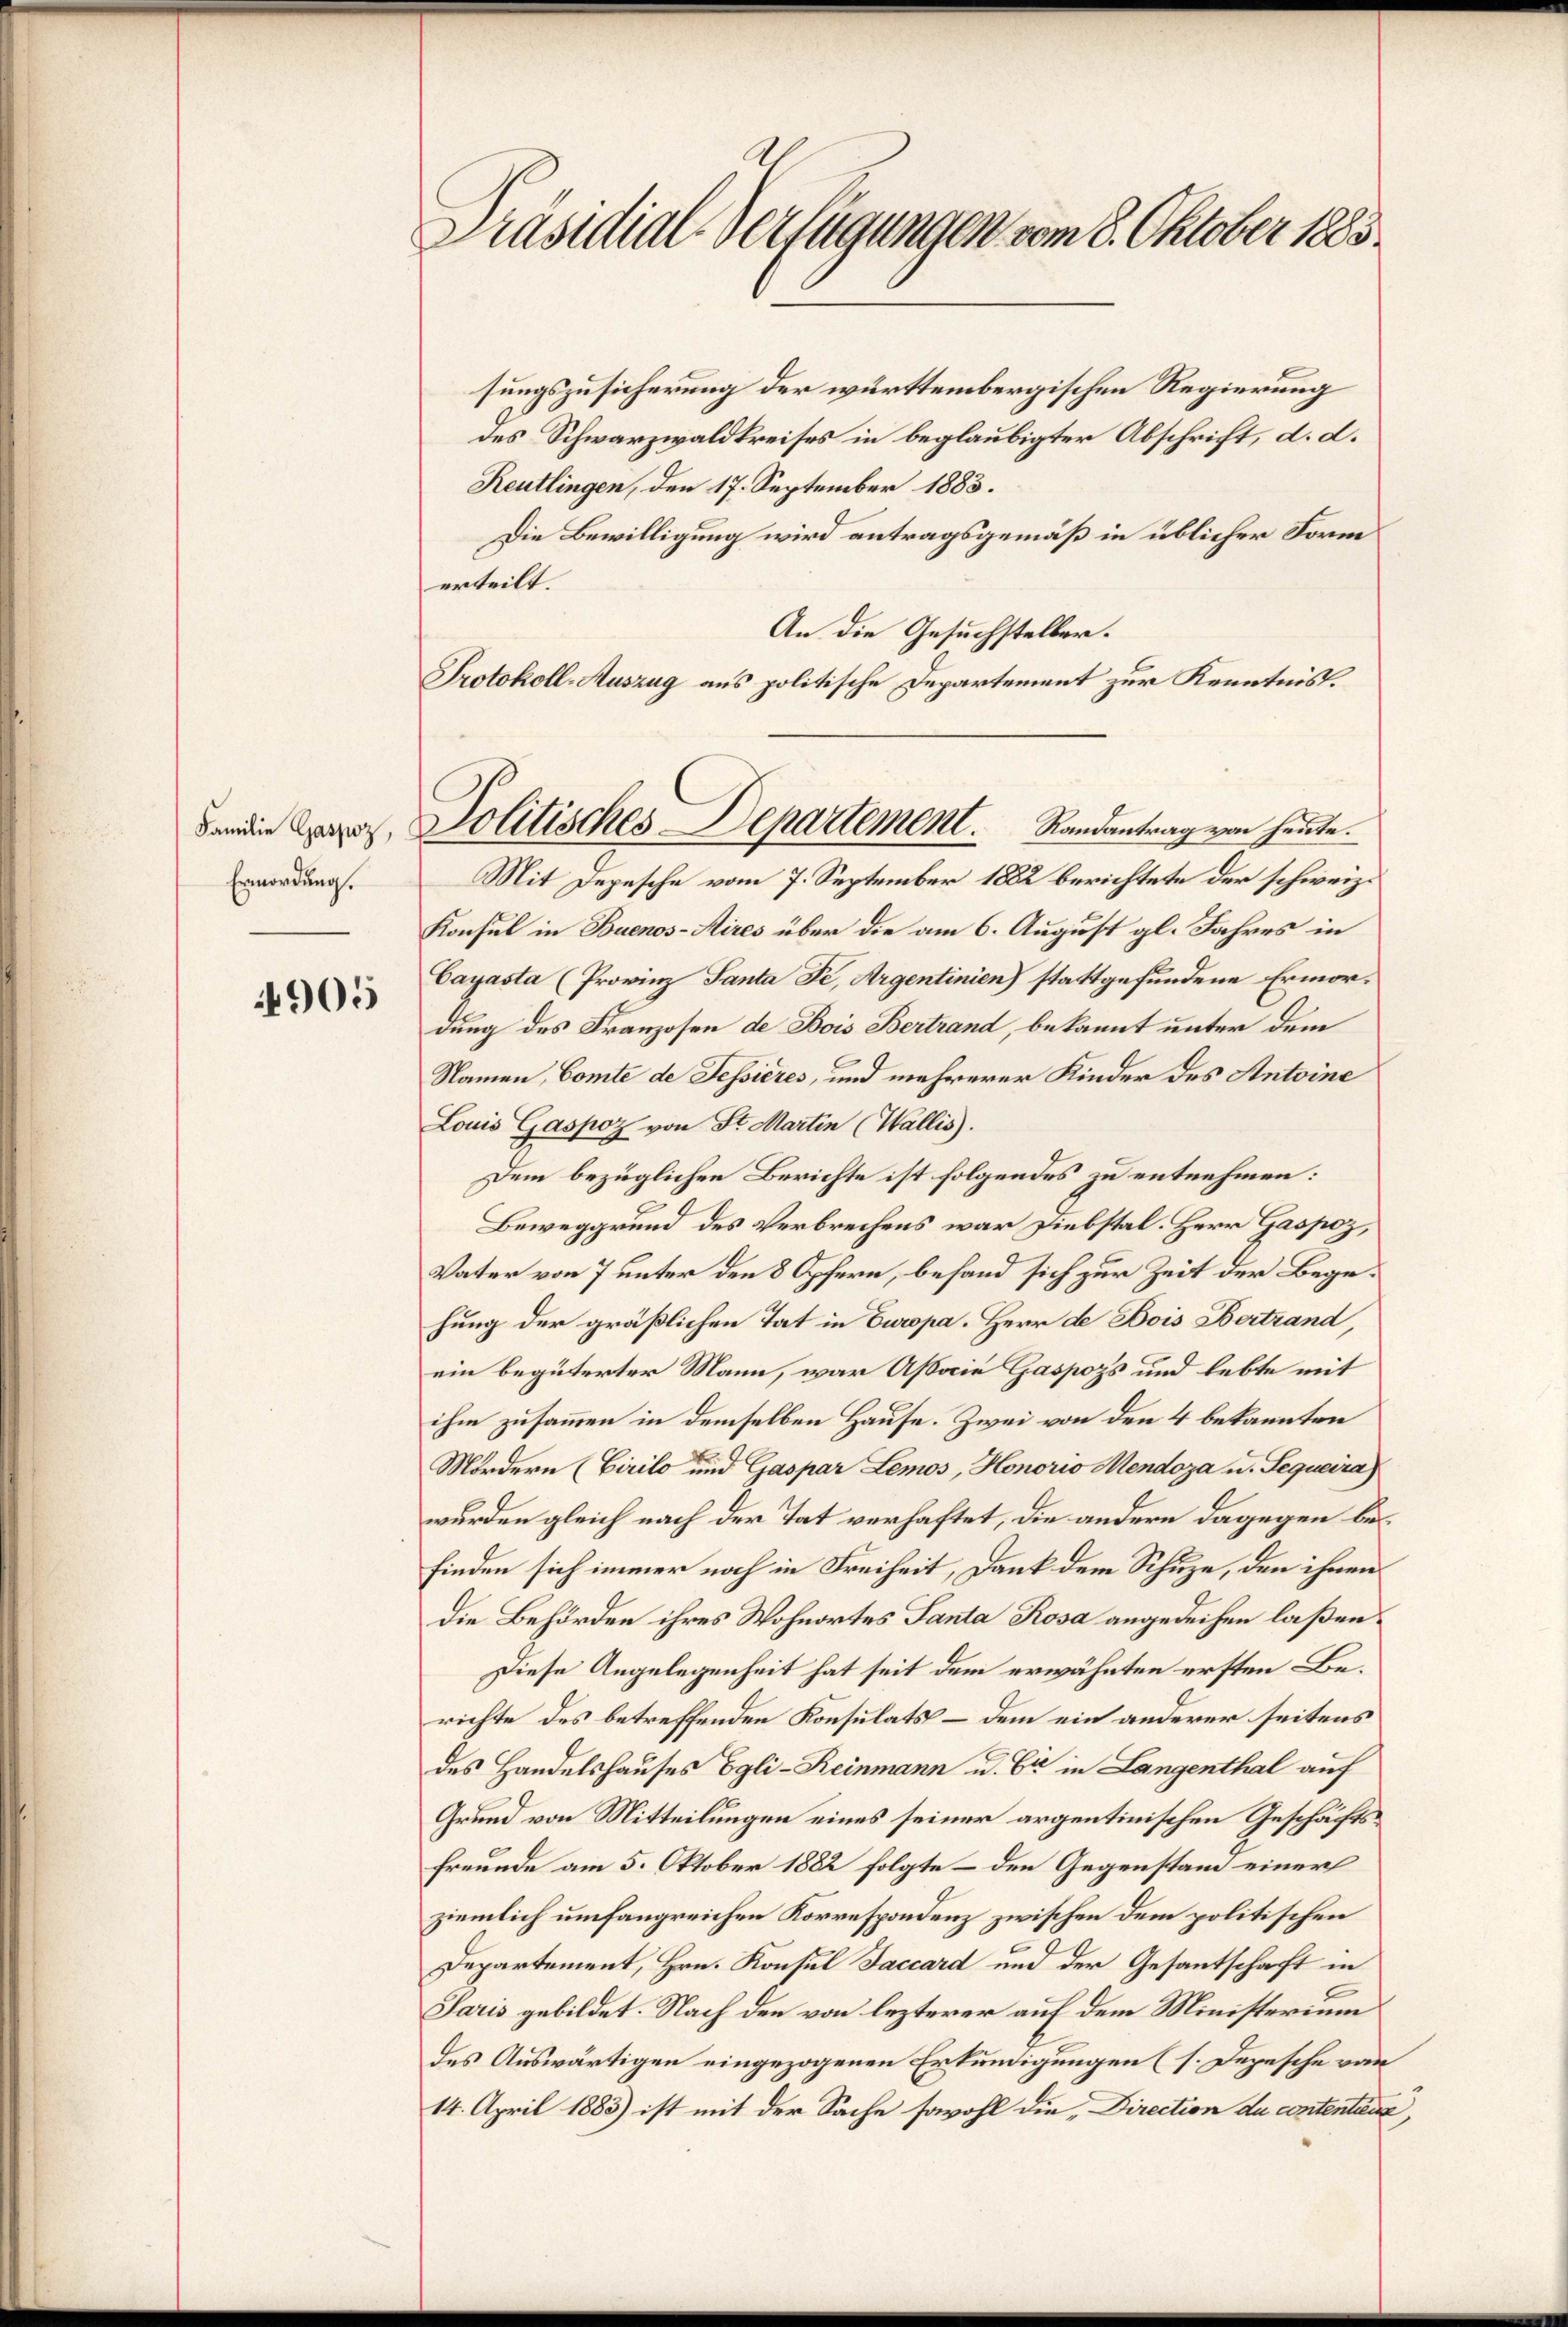
Ermordung.

4905

Präsidial-Verfügungen vom 8. Oktober 1883.

dan die Capoz, Politisches Departement.      Randantrag von heute.
Mit Depesche vom 7. September 1882 berichtete der schweiz.

sungszusicherung der württembergischen Regierung
des Schwarzwaldkreises in beglaubigter Abschrift, d. d.
Reutlingen, den 17. September 1883.
Die Bewilligung wird antragsgemäß in üblicher Form
erteilt.
An die Gesuchsteller.
Protokoll-Auszug aus politische Departement zur Kenntnis.
Konsul in Buenos-Aires über die am 6. August gl. Jahres in
Cayasta (Provinz Santa Fe, Argentinien) stattgefundene Ermordung des Franzosen de Bois Bertrand, bekannt unter dem
Namen, Comte de Tessieres, und mehrerer Kinder des Antoine
Louis Gaspoz von St. Martin (Wallis).
Dem bezüglichen Berichte ist folgendes zu entnehmen:
Beweggrund des Verbrechens war Diebstal. Herr Gaspoz,
Vater von 7 unter den 8 Opfern, behand sich zur Zeit der Begehung der gräßlichen Tat in Europa. Herr de Bois Bertrand,
ein begüterter Mann, war Associe Gaspozs und lebte mit
ihm zusammen in demselben Hause. Zwei von den 4 bekannten
Mördern (Cirilo und Gaspar Lemos, Honorio Mendoza u. Sequeira
wurden gleich nach der Tat verhaftet, die andern dagegen befinden sich immer noch in Freiheit, Dank dem Schuze, den ihnen
Die Behörden ihres Wohnortes Santa Rosa angedeihen laßen.
Diese Angelegenheit hat seit dem erwähnten ersten Berichte des betreffenden Konsulats – dem ein anderer seitens
des Handelshauses Egli-Reinmann u. Er in Langenthal auf
Grund von Mitteilungen eines seiner argentinischen Geschäfts¬
Freunde am 5. Oktober 1882 folgte – den Gegenstand einer
ziemlich umfangreichen Korrespondenz zwischen dem politischen
Departement, Hrn. Konsul Faccard und der Gesantschaft in
Saris gebildet. Nach den von lezterer auf dem Ministerium
des Auswärtigen eingezogenen Erkundigungen (s. Depesche von
14. April 1883) ist mit der Sache sowohl die Direction du contenten,